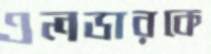
এলডারকে